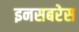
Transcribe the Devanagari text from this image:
इनसबरेस